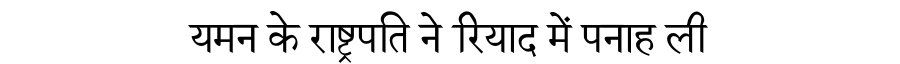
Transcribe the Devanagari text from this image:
यमन के राष्ट्रपति ने रियाद में पनाह ली